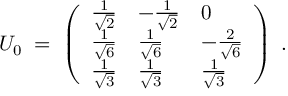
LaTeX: U _ { 0 } \; = \; \left( \begin{array} { l l l } { { \frac { 1 } { \sqrt { 2 } } } } & { { - \frac { 1 } { \sqrt { 2 } } } } & { { 0 } } \\ { { \frac { 1 } { \sqrt { 6 } } } } & { { \frac { 1 } { \sqrt { 6 } } } } & { { - \frac { 2 } { \sqrt { 6 } } } } \\ { { \frac { 1 } { \sqrt { 3 } } } } & { { \frac { 1 } { \sqrt { 3 } } } } & { { \frac { 1 } { \sqrt { 3 } } } } \end{array} \right) \; .